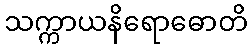
သက္ကာယနိရောဓောတိ